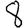
Digit: 8